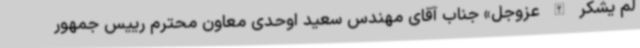
لم یشکر الله عزوجل» جناب آقای مهندس سعید اوحدی معاون محترم رییس جمهور